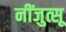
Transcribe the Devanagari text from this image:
नींजुत्सू